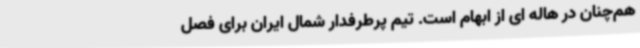
هم‌چنان در هاله ای از ابهام است. تیم پرطرفدار شمال ایران برای فصل